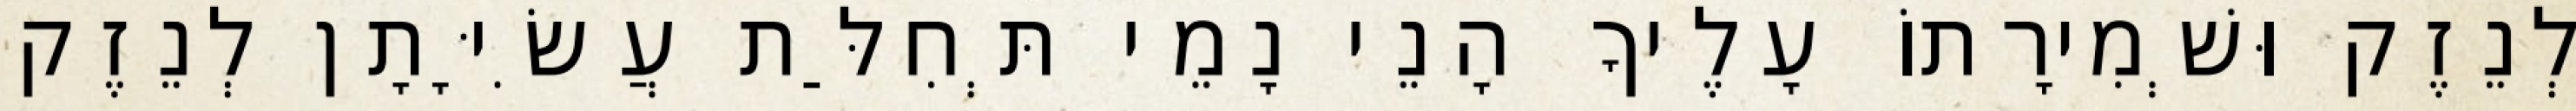
לְנֵזֶק וּשְׁמִירָתוֹ עָלֶיךָ הָנֵי נָמֵי תְּחִלַּת עֲשִׂיָּתָן לְנֵזֶק